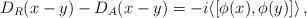
\begin{align*} D_R(x-y)-D_A(x-y) = -i\langle [\phi(x),\phi(y)] \rangle\, ,\end{align*}